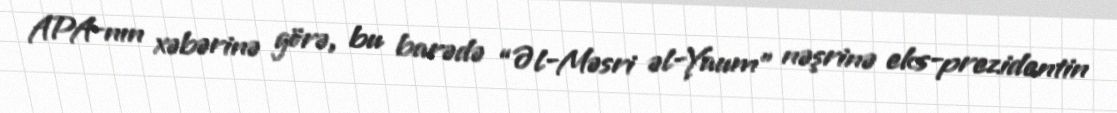
APA-nın xəbərinə görə, bu barədə “Əl-Məsri əl-Yaum” nəşrinə eks-prezidentin